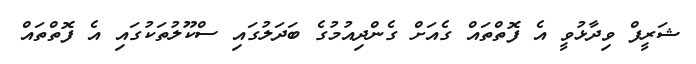
ޝަރީފް ވިދާޅުވީ އެ ފޮތްތައް ގެއަށް ގެންދިއުމުގެ ބަދަލުގައި ސްކޫލުތަކުގައި އެ ފޮތްތައް